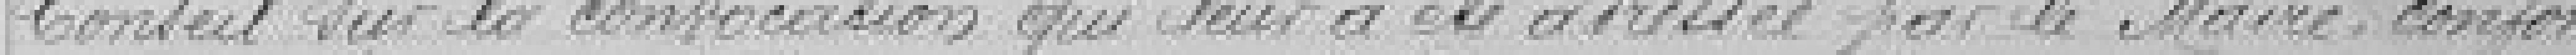
Conseil sur la convocation qui leur a été adressée par le Maire, confor-